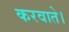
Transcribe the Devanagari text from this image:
करवाते।